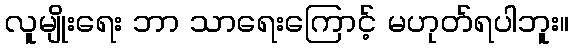
လူမျိုးရေး ဘာ သာရေးကြောင့် မဟုတ်ရပါဘူး။